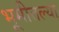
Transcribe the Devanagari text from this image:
भूमीतल्या